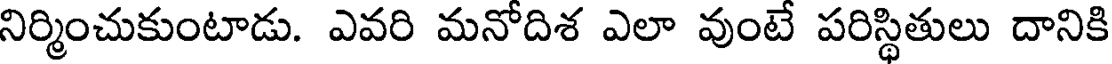
నిర్మించుకుంటాడు. ఎవరి మనోదిశ ఎలా వుంటే పరిస్థితులు దానికి